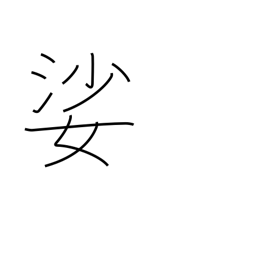
Meaning: old woman